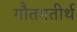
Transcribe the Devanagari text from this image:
गौतमतीर्थ